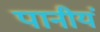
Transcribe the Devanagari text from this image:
पानीयं